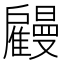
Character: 𢩤